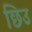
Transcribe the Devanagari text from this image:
छिउ